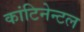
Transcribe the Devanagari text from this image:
कांटिनेन्टल